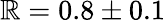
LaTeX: \mathbb{R}=0.8\pm0.1